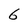
Character: 6